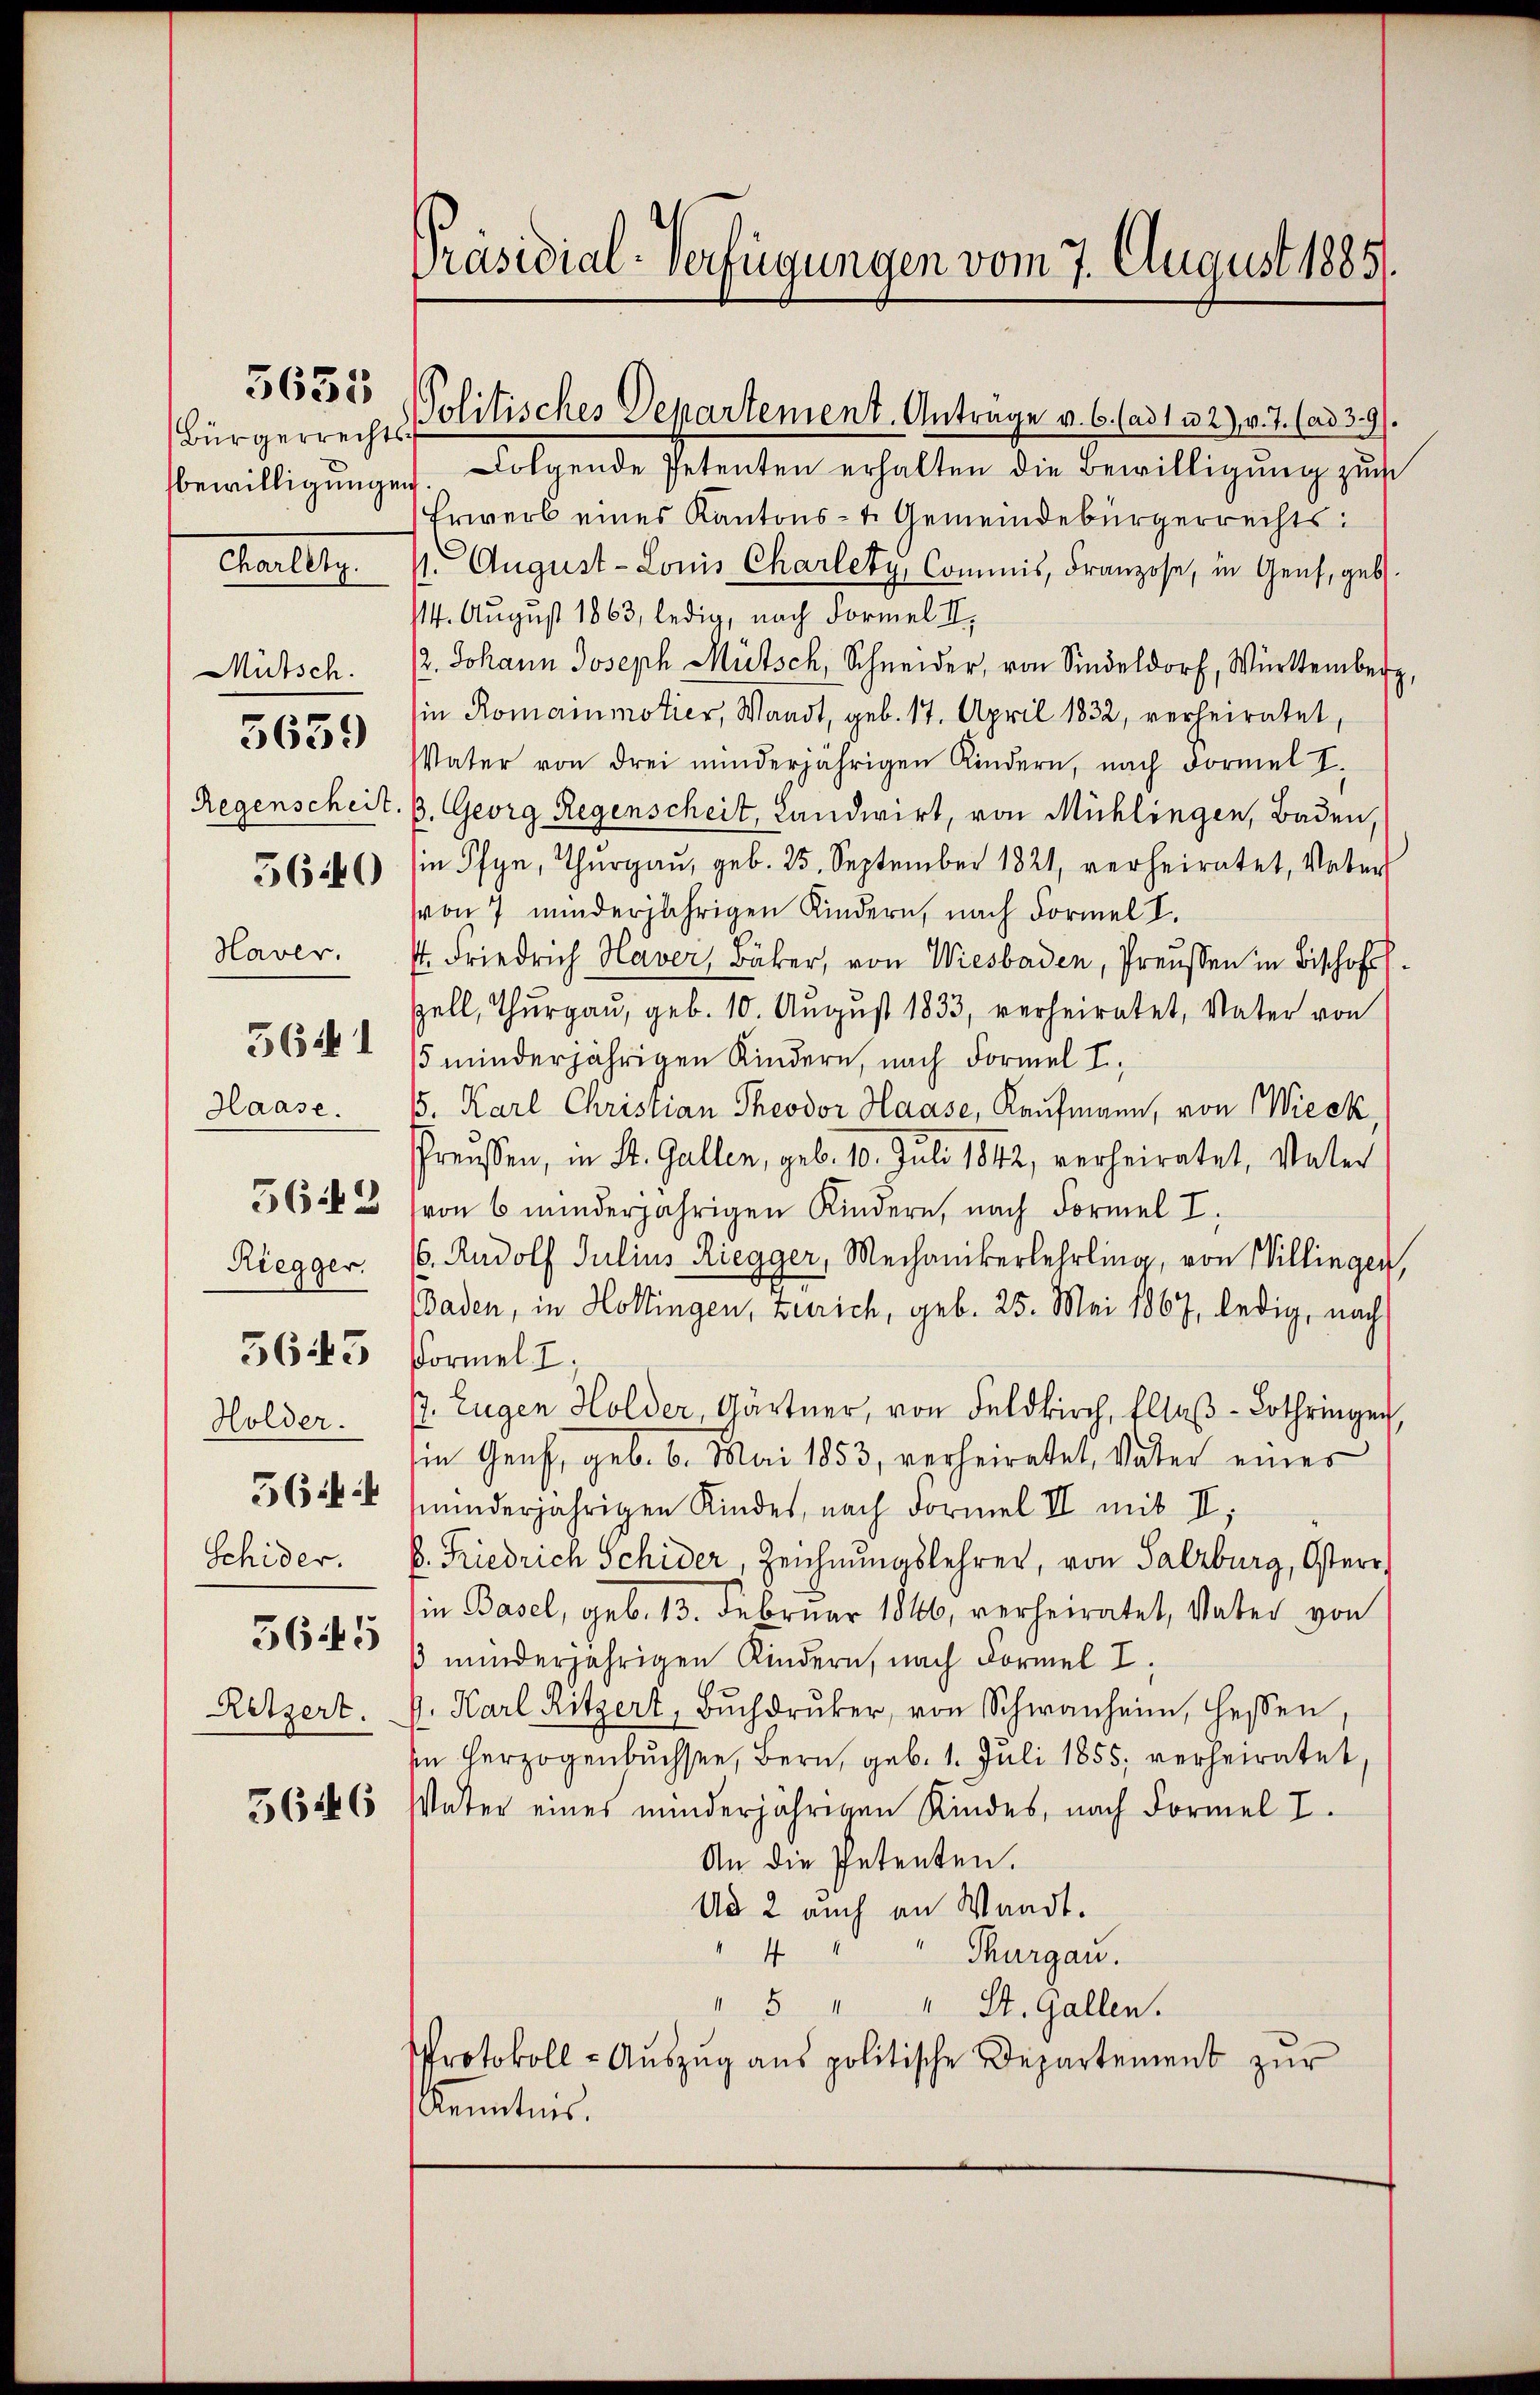
Bürgerrechts-
bewilligungen
Mutsch.
Regenscheit
Haver.
Haase.
563
Riegger.
5645
Holder.
5644
Schider.
5645
Retzert.

Charletz

5635

3639

5640

5641

5646

Präsidial-Verfügungen vom 7. August 1885.

Politisches Departement. Anträge v. 6. (ad 122), v. J. (ad 39.

Folgende Petenten erhalten die Bewilligung zu
Erwerb eines Kantons- u. Gemeindebürgerrechts:
p. August - Louis Charlety, Commis, Franzose, in Genf, geb.
114. August 1863, ledig, nach Formel II.
2. Johann Joseph Mutsch, Schneider, von Sindeldorf, Württemberg,
in Romainmotier, Waadt, geb. 17. April 1832, verheiratet,
Vater von drei minderjährigen Kindern, nach dormal I.
3. Georg Regenscheit, Landwirt, von Mühlingen, Baden,
in Pfyn, Thurgau, geb. 25. September 1821, verheiratet, Vater
von 7 minderjährigen Kindern, nach Formel I.
st. Friedrich Haver, Bäker, von Wiesbaden, Preussen in Bischofs
zell, Thurgau, geb. 10. August 1833, verheiratet, Vater von
5 minderjährigen Kindern, nach Formel I
5. Karl Christian Theodor Haase, Kaufmann, von Wieck,
Preisen, in St. Gallen, geb. 10. Juli 1842, verheiratet, Vater
von 6 minderjährigen Kindern, nach Formel I.
6. Rudolf Julius Riegger, Mechanikerlehrling, von Willingen,
Baden, in Hottingen, Zürich, geb. 25. Mai 1867, ledig, nach
Formel I
. Eugen Holder, Gärtner, von Feldkirch, Ellaβ-Lothringen
in Genf, geb. 6. Mai 1853, verheiratet, Vater eines
minderjährigen Kindes, nach Formel II mit V
B. Friedrich Schider, Zeichnungslehrer, von Salzburg, Osterr
in Basel, geb. 13. Februar 1846, verheiratet, Vater von
 minderjährigen Kindern, nach Formel I.
. Karl Ritzert, Bŭchdrŭcker, von Schwanheim, Hessen,
sin herzogenbuchsee, Bern, geb. 1. Juli 1855; verheiratet,
Vater eines minderjährigen Kindes, nach Formel I
An die Petenten.
Ud 2 auch an Waadt.
4
Thurgau.
" 5 " " St. Gallen.
Protokoll- Aŭszŭg ans politische Departement zŭr
Kenntnis.